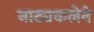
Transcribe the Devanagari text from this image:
नाट्यकलेने